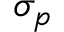
\sigma _ { p }